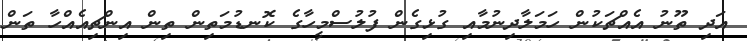
އަދި ތޫނު އެއްޗަކުން ހަމަލާދިނުމާއި ގުޅިގެން ފުލުސްމީހާގެ ކޮނޑުމަތިން ތިން އިންޗިއެއްހާ ތަން